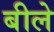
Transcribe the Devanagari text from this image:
बीले